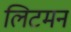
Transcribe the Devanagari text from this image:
लिटमन